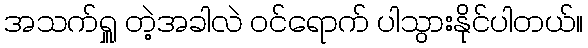
အသက်ရှူ တဲ့အခါလဲ ဝင်ရောက် ပါသွားနိုင်ပါတယ်။